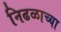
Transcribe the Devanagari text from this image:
निढळाच्या